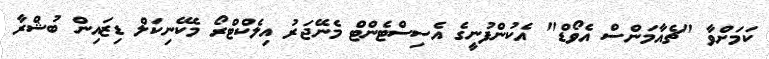
ކަމަށްވާ "ޗެއާމަންސް އެވޯޑް" އެކުންފުނީގެ އެސިސްޓެންޓް މެނޭޖަރު އިލެކްޓްރޯ މެކޭނިކަލް ޑިޒައިން ބުޝްރާ